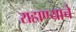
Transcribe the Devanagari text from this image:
राहाण्याचे